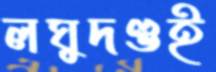
লঘুদণ্ডই